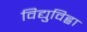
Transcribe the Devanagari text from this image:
विद्युविह्वा